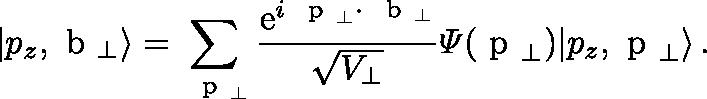
| p _ { z } , \mathrm { \boldmath ~ b ~ } _ { \perp } \rangle = \sum _ { \mathrm { \boldmath ~ { \scriptstyle ~ p } ~ } _ { \perp } } \frac { \mathrm { e } ^ { i \mathrm { \boldmath ~ { \scriptstyle ~ p } ~ } _ { \perp } \cdot \mathrm { \boldmath ~ { \scriptstyle ~ b } ~ } _ { \perp } } } { \sqrt { V _ { \perp } } } { \mit \Psi } ( \mathrm { \boldmath ~ p ~ } _ { \perp } ) | p _ { z } , \mathrm { \boldmath ~ p ~ } _ { \perp } \rangle \, .